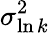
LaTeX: \sigma_{\ln k}^{2}